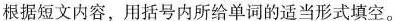
根据短文内容,用括号内所给单词的适当形式填空.